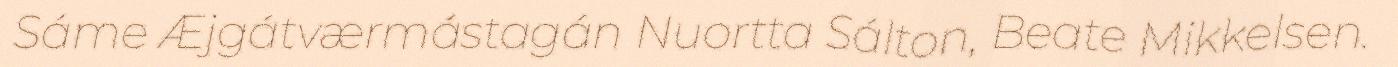
Sáme Æjgátværmástagán Nuortta Sálton, Beate Mikkelsen.